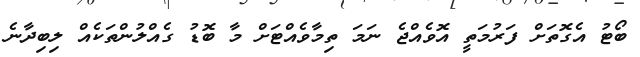
ބޯޓު އެގޮތަށް ފަރުމަތީ އޮވެއްޖެ ނަމަ ތިމާވެއްޓަށް މާ ބޮޑު ގެއްލުންތަކެއް ލިބިދާނެ